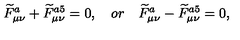
\widetilde { F } _ { \mu \nu } ^ { a } + \widetilde { F } _ { \mu \nu } ^ { a 5 } = 0 , \quad o r \quad \widetilde { F } _ { \mu \nu } ^ { a } - \widetilde { F } _ { \mu \nu } ^ { a 5 } = 0 ,